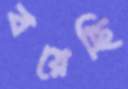
বয়েছি